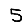
Digit: 5